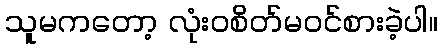
သူမကတော့ လုံးဝစိတ်မဝင်စားခဲ့ပါ။